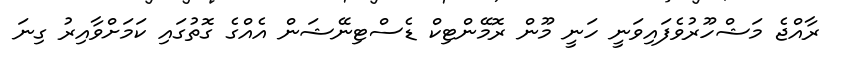
ރާއްޖެ މަޝްހޫރުވެފައިވަނީ ހަނީ މޫން ރޮމޭންޓިކް ޑެސްޓިނޭޝަން އެއްގެ ގޮތުގައި ކަމަށްވާއިރު ގިނަ